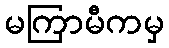
မကြာမီကမှ